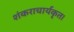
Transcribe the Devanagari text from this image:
शंकराचार्यकृत।